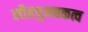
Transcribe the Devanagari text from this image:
लौहचुमबकत्व